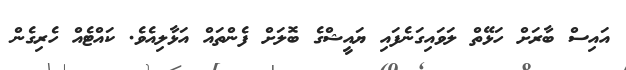
އައިސް ބާރަށް ހަޅޭތް ލަވައިގަނެފައި ޔައީޝްގެ ބޮލަށް ފެންތައް އަޅާލިއެވެ. ކައްޓެއް ހެރިގެން